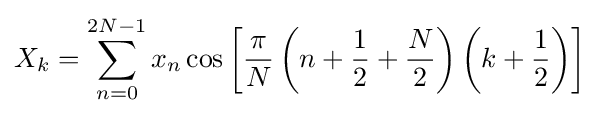
X_{k}=\sum _{n=0}^{2N-1}x_{n}\cos \left[{\frac {\pi }{N}}\left(n+{\frac {1}{2}}+{\frac {N}{2}}\right)\left(k+{\frac {1}{2}}\right)\right]